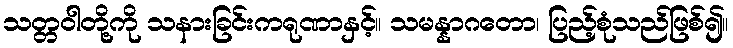
သတ္တဝါတို့ကို သနားခြင်းကရုဏာနှင့်။ သမန္နာဂတော၊ ပြည့်စုံသည်ဖြစ်၍။